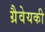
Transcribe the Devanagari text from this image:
ग्रैवेयकी